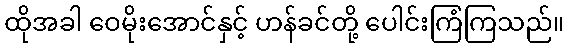
ထိုအခါ ဝေမိုးအောင်နှင့် ဟန်ခင်တို့ ပေါင်းကြံကြသည်။